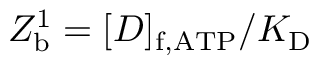
Z _ { \mathrm { b } } ^ { \mathrm { 1 } } = [ D ] _ { \mathrm { f , A T P } } / K _ { \mathrm { D } }